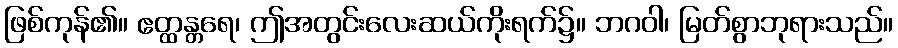
ဖြစ်ကုန်၏။ ဧတ္ထန္တရေ၊ ဤအတွင်းလေးဆယ်ကိုးရက်၌။ ဘဂဝါ၊ မြတ်စွာဘုရားသည်။